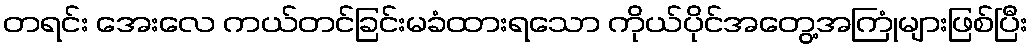
တရင်း အေးလေ ကယ်တင်ခြင်းမခံထားရသော ကိုယ်ပိုင်အတွေ့အကြုံများဖြစ်ပြီး